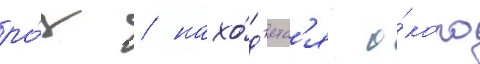
ро́з / нахо́д'ятс'я о́коло